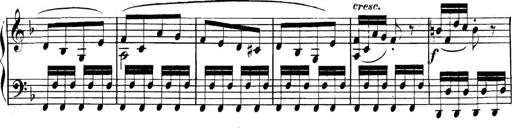
Title: Collected Piano Sonatas
Composer: Muzio Clementi